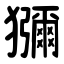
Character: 獼